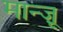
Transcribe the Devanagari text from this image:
मान्ज़ू